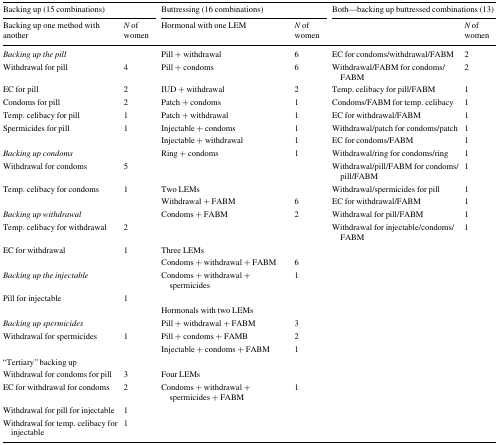
<table><thead><tr><td colspan="2"><b>Backing up (15 combinations)</b></td><td colspan="2"><b>Buttressing (16 combinations)</b></td><td colspan="2"><b>Both—backing up buttressed combinations (13)</b></td></tr><tr><td><b>Backing up one method with another</b></td><td><b><i>N</i> of women</b></td><td><b>Hormonal with one LEM</b></td><td><b><i>N</i> of women</b></td><td></td><td><b><i>N</i> of women</b></td></tr></thead><tbody><tr><td><i>Backing up the pill</i></td><td></td><td>Pill + withdrawal</td><td>6</td><td>EC for condoms/withdrawal/FABM</td><td>2</td></tr><tr><td>Withdrawal for pill</td><td>4</td><td>Pill + condoms</td><td>6</td><td>Withdrawal/FABM for condoms/FABM</td><td>2</td></tr><tr><td>EC for pill</td><td>2</td><td>IUD + withdrawal</td><td>2</td><td>Temp. celibacy for pill/FABM</td><td>1</td></tr><tr><td>Condoms for pill</td><td>2</td><td>Patch + condoms</td><td>1</td><td>Condoms/FABM for temp. celibacy</td><td>1</td></tr><tr><td>Temp. celibacy for pill</td><td>1</td><td>Patch + withdrawal</td><td>1</td><td>EC for withdrawal/FABM</td><td>1</td></tr><tr><td>Spermicides for pill</td><td>1</td><td>Injectable + condoms</td><td>1</td><td>Withdrawal/patch for condoms/patch</td><td>1</td></tr><tr><td></td><td></td><td>Injectable + withdrawal</td><td>1</td><td>EC for condoms/FABM</td><td>1</td></tr><tr><td><i>Backing up condoms</i></td><td></td><td>Ring + condoms</td><td>1</td><td>Withdrawal/ring for condoms/ring</td><td>1</td></tr><tr><td>Withdrawal for condoms</td><td>5</td><td></td><td></td><td>Withdrawal/pill/FABM for condoms/pill/FABM</td><td>1</td></tr><tr><td>Temp. celibacy for condoms</td><td>1</td><td>Two LEMs</td><td></td><td>Withdrawal/spermicides for pill</td><td>1</td></tr><tr><td></td><td></td><td>Withdrawal + FABM</td><td>6</td><td>EC for withdrawal/FABM</td><td>1</td></tr><tr><td><i>Backing up withdrawal</i></td><td></td><td>Condoms + FABM</td><td>2</td><td>Withdrawal for pill/FABM</td><td>1</td></tr><tr><td>Temp. celibacy for withdrawal</td><td>2</td><td></td><td></td><td>Withdrawal for injectable/condoms/FABM</td><td>1</td></tr><tr><td>EC for withdrawal</td><td>1</td><td>Three LEMs</td><td></td><td></td><td></td></tr><tr><td></td><td></td><td>Condoms + withdrawal + FABM</td><td>6</td><td></td><td></td></tr><tr><td><i>Backing up the injectable</i></td><td></td><td>Condoms + withdrawal + spermicides</td><td>1</td><td></td><td></td></tr><tr><td>Pill for injectable</td><td>1</td><td></td><td></td><td></td><td></td></tr><tr><td></td><td></td><td>Hormonals with two LEMs</td><td></td><td></td><td></td></tr><tr><td><i>Backing up spermicides</i></td><td></td><td>Pill + withdrawal + FABM</td><td>3</td><td></td><td></td></tr><tr><td>Withdrawal for spermicides</td><td>1</td><td>Pill + condoms + FAMB</td><td>2</td><td></td><td></td></tr><tr><td></td><td></td><td>Injectable + condoms + FABM</td><td>1</td><td></td><td></td></tr><tr><td>“Tertiary” backing up</td><td></td><td></td><td></td><td></td><td></td></tr><tr><td>Withdrawal for condoms for pill</td><td>3</td><td>Four LEMs</td><td></td><td></td><td></td></tr><tr><td>EC for withdrawal for condoms</td><td>2</td><td>Condoms + withdrawal + spermicides + FABM</td><td>1</td><td></td><td></td></tr><tr><td>Withdrawal for pill for injectable</td><td>1</td><td></td><td></td><td></td><td></td></tr><tr><td>Withdrawal for temp. celibacy for injectable</td><td>1</td><td></td><td></td><td></td><td></td></tr></tbody></table>